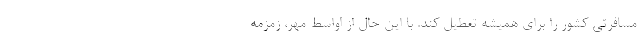
مسافرتی کشور را برای همیشه تعطیل کند. با این حال از اواسط مهر، زمزمه